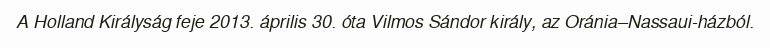
A Holland Királyság feje 2013. április 30. óta Vilmos Sándor király, az Oránia–Nassaui-házból.